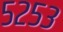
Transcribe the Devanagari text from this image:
५२५३